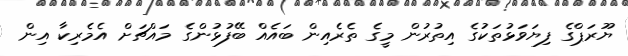
ޔޫރަޕްގެ ފިޔަވަޅުތަކުގެ އިތުރުން މީގެ ތެރެެއިން ބައެއް ބޭފުޅުންގެ މައްޗަށް އެމެރިކާ އިން